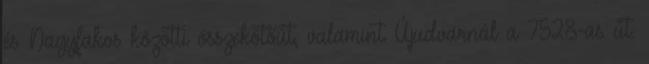
és Nagyfakos közötti összekötőút, valamint Újudvarnál a 7528-as út.